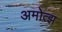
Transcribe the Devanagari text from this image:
अमोत्झ